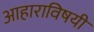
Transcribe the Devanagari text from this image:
आहाराविषयी